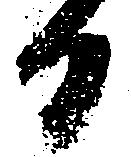
日